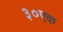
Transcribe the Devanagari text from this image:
३०एक